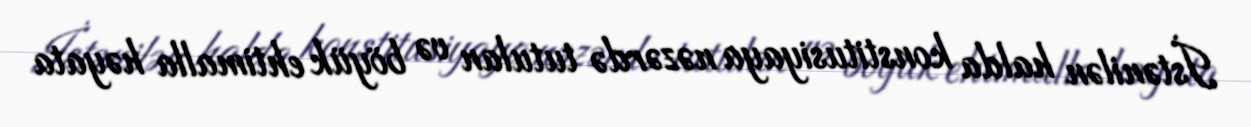
İstənilən halda konstitusiyaya nəzərdə tutulan və böyük ehtimalla həyata